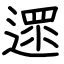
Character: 遝